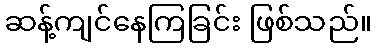
ဆန့်ကျင်နေကြခြင်း ဖြစ်သည်။